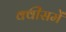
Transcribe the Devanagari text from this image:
क्वींसमें